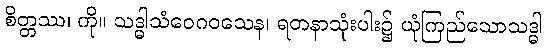
စိတ္တဿ၊ ကို။ သဒ္ဓါသံဝေဂဝသေန၊ ရတနာသုံးပါး၌ ယုံကြည်သောသဒ္ဓါ